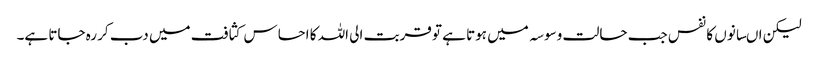
لیکن اںسانوں کا نفس جب حالت وسوسہ میں ہوتا ہے تو قربت الی اللہ کا احساس کثافت میں دب کر رہ جاتا ہے۔